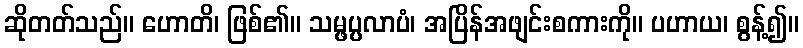
ဆိုတတ်သည်။ ဟောတိ၊ ဖြစ်၏။ သမ္ဖပ္ပလာပံ၊ အပြိန်အဖျင်းစကားကို။ ပဟာယ၊ စွန့်၍။